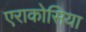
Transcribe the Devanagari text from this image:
एराकोसिया